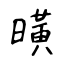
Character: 曂